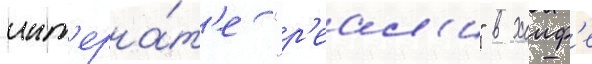
инт'ерна́т'е "р'еал'и" в хаиф'е